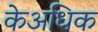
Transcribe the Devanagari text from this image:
केअधिक